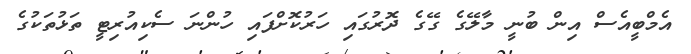
އެމްބީއެސް އިން ބުނީ މާލޭގެ ގޭގެ ދޮރުގައި ހަރުކޮށްފައި ހުންނަ ސެކިއުރިޓީ ތަޅުތަކުގެ